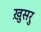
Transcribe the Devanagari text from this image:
ख़ुसरु